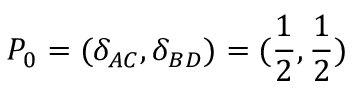
P _ { 0 } = ( \delta _ { A C } , \delta _ { B D } ) = ( \frac { 1 } { 2 } , \frac { 1 } { 2 } )